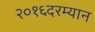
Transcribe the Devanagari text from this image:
२०१६दरम्यान